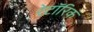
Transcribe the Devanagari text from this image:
रेटॉरिक